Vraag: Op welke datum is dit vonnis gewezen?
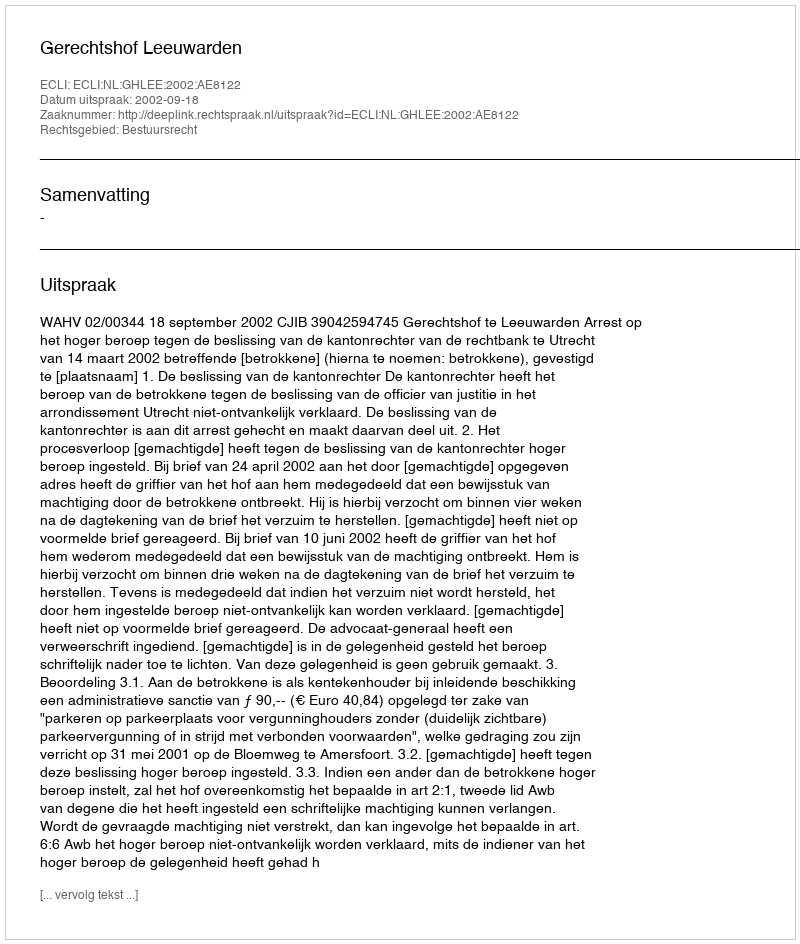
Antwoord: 2002-09-18